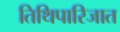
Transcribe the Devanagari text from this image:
तिथिपारिजात